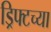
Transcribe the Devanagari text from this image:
ड्रिफ्टच्या